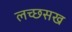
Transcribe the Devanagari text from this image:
लच्छसख